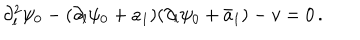
LaTeX: \partial _ { l } ^ { 2 } \psi _ { 0 } - ( \partial _ { l } \psi _ { 0 } + a _ { 1 } ) ( \partial _ { l } \psi _ { 0 } + \bar { a } _ { 1 } ) - v = 0 \, .